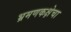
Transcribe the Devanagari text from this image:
भ्रमणकक्षेचा